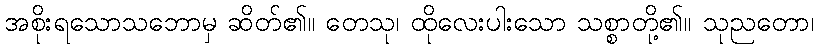
အစိုးရသောသဘောမှ ဆိတ်၏။ တေသု၊ ထိုလေးပါးသော သစ္စာတို့၏။ သုညတော၊